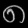
Digit: ၈